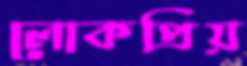
লোকপ্রিয়